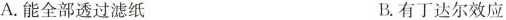
A.能全部透过滤纸 B.有丁达尔效应